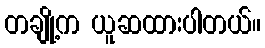
တချို့က ယူဆထားပါတယ်။